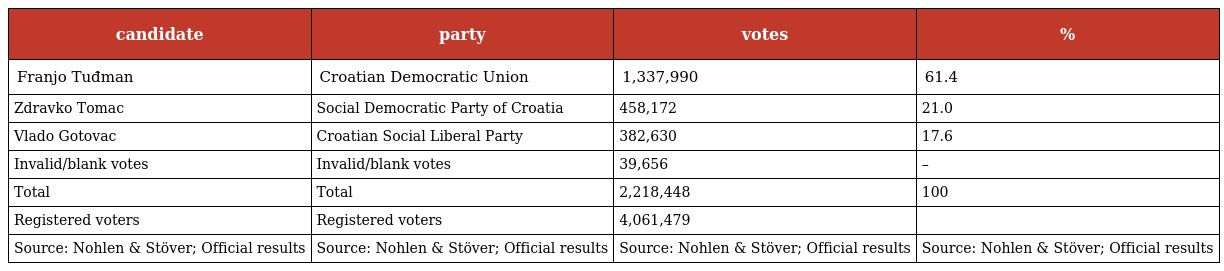
| candidate | party | votes | % |
 | --- | --- | --- | --- |
 | Franjo Tuđman | Croatian Democratic Union | 1,337,990 | 61.4 |
 | Zdravko Tomac | Social Democratic Party of Croatia | 458,172 | 21.0 |
 | Vlado Gotovac | Croatian Social Liberal Party | 382,630 | 17.6 |
 | Invalid/blank votes | Invalid/blank votes | 39,656 | – |
 | Total | Total | 2,218,448 | 100 |
 | Registered voters | Registered voters | 4,061,479 |  |
 | Source: Nohlen & Stöver; Official results | Source: Nohlen & Stöver; Official results | Source: Nohlen & Stöver; Official results | Source: Nohlen & Stöver; Official results |